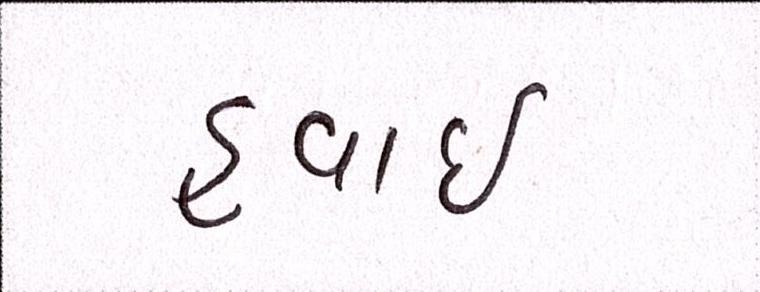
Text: હવાઇ